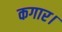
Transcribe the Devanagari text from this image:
कगार।